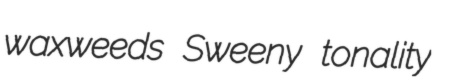
waxweeds Sweeny tonality